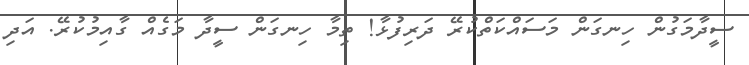
ސީދާމަގުން ހިނގަން މަސައްކަތްކުރޭ ދަރިފުޅާ! ތިމާ ހިނގަން ސީދާ މަގެއް ގާއިމުކުރޭ. އަދި